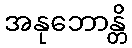
အနုဘောန္တိ